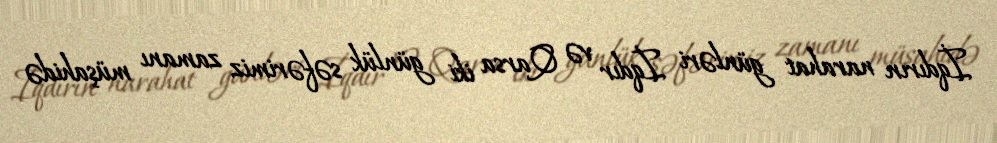
İqdırın narahat günləri İqdır və Qarsa iki günlük səfərimiz zamanı müşahidə